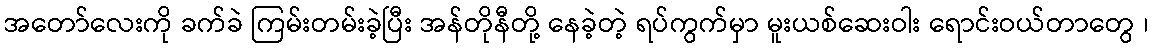
အတော်လေးကို ခက်ခဲ ကြမ်းတမ်းခဲ့ပြီး အန်တိုနီတို့ နေခဲ့တဲ့ ရပ်ကွက်မှာ မူးယစ်ဆေးဝါး ရောင်းဝယ်တာတွေ ၊